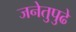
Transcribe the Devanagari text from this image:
जनेतुपुढे